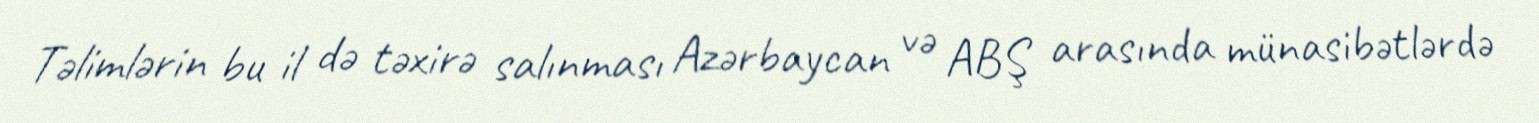
Təlimlərin bu il də təxirə salınması Azərbaycan və ABŞ arasında münasibətlərdə